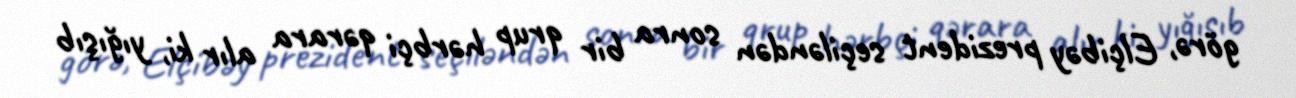
görə, Elçibəy prezident seçiləndən sonra bir qrup hərbçi qərara alır ki, yığışıb